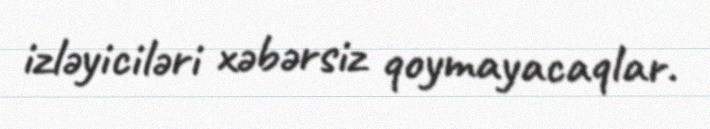
izləyiciləri xəbərsiz qoymayacaqlar.